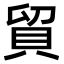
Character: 貿